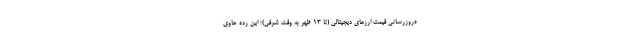
ه‌روزرسانی قیمت ارزهای دیجیتالی (تا ۱۳ ظهر به وقت شرقی)؛ این رده حاوی